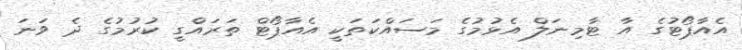
އެއާޕޯޓުގެ އާ ޓާމިނަލް އެޅުމުގެ މަސައްކަތަކީ އެއާޕޯޓް ތަރައްގީ ކުރުމުގެ ދެ ވަނަ